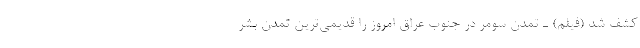
کشف شد (فیلم) ـ تمدن سومر در جنوب عراق امروز را قدیمی‌ترین تمدن بشر